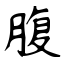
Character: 腹